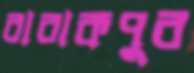
বারাকপুর